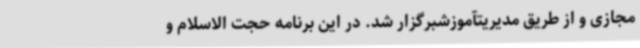
مجازی و از طریق مدیریتآموزشبرگزار شد. در این برنامه حجت الاسلام و